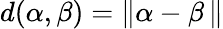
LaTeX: d(\alpha,\beta)=\| \alpha-\beta\, \|